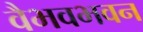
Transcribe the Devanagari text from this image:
वैभवभवन